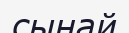
сынай